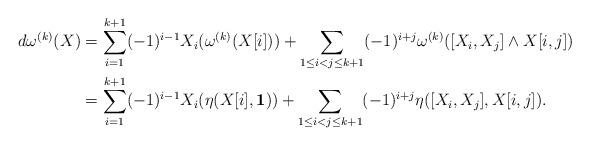
LaTeX: \begin{align*}d\omega^{(k)}(X)&=\sum_{i=1}^{k+1} (-1)^{i-1}X_i(\omega^{(k)}(X[i]))+\sum_{1\le i<j\le k+1}(-1)^{i+j}\omega^{(k)}([X_i,X_j]\wedge X[i,j])\\&=\sum_{i=1}^{k+1} (-1)^{i-1}X_i(\eta(X[i],\textbf{1}))+\sum_{1\le i<j\le k+1}(-1)^{i+j}\eta([X_i,X_j], X[i,j]).\end{align*}